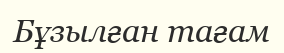
Бұзылған тағам